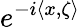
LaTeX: e^{-i\langle x,\zeta\rangle}